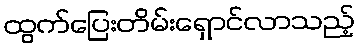
ထွက်ပြေးတိမ်းရှောင်လာသည့်